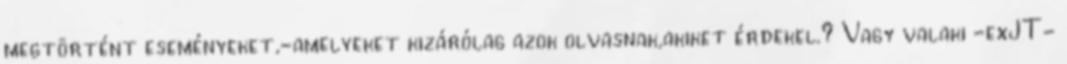
megtörtént eseményeket,-amelyeket kizárólag azok olvasnak,akiket érdekel.? Vagy valaki -exJT-